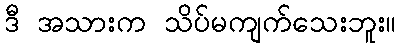
ဒီ အသားက သိပ်မကျက်သေးဘူး။